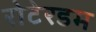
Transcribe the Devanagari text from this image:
रोटेरडम